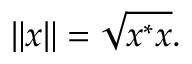
\| x \| = { \sqrt { x ^ { * } x } } .